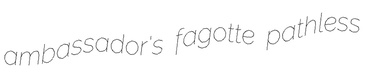
ambassador's fagotte pathless